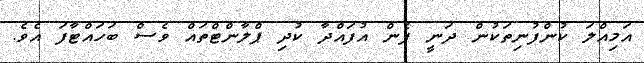
އަމިއްލަ ކުންފުނިތަކުން ދަނީ ފެން އުފައްދާ ކުދި ޕްލާންޓްތައް ވެސް ބަހައްޓާފަ އެވެ.